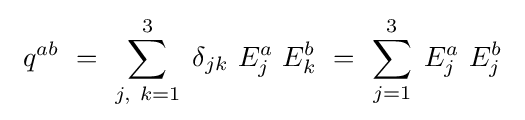
\ q^{ab}~=~\sum _{j,\ k=1}^{3}\;\delta _{jk}\ E_{j}^{a}\ E_{k}^{b}~=~\sum _{j=1}^{3}\;E_{j}^{a}\ E_{j}^{b}\